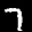
Label: 7